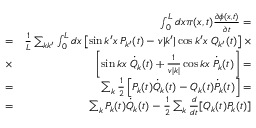
\begin{array} { r l r } & { } & { \ \int _ { 0 } ^ { L } d x \pi ( x , t ) \frac { \partial \phi ( x , t ) } { \partial t } = } \\ & { = } & { \frac { 1 } { L } \sum _ { k k ^ { \prime } } \int _ { 0 } ^ { L } d x \left[ \sin k ^ { \prime } x \; P _ { k ^ { \prime } } ( t ) - v | k ^ { \prime } | \cos k ^ { \prime } x \; Q _ { k ^ { \prime } } ( t ) \right] \times } \\ & { \times } & { \left[ \sin k x \; \dot { Q } _ { k } ( t ) + \frac { 1 } { v | k | } \cos k x \; \dot { P } _ { k } ( t ) \right] = } \\ & { = } & { \sum _ { k } \frac { 1 } { 2 } \left[ P _ { k } ( t ) \dot { Q } _ { k } ( t ) - Q _ { k } ( t ) \dot { P } _ { k } ( t ) \right] = } \\ & { = } & { \sum _ { k } P _ { k } ( t ) \dot { Q } _ { k } ( t ) - \frac { 1 } { 2 } \sum _ { k } \frac { d } { d t } [ Q _ { k } ( t ) P _ { k } ( t ) ] } \end{array}